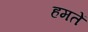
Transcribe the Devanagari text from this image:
हमतें